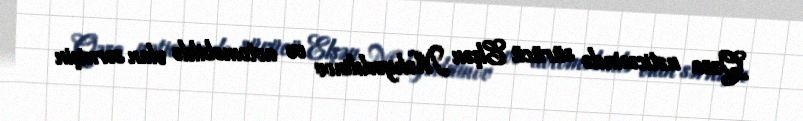
Qəza nəticəsində sürücü Elşən Məhyəddinov və avtomobildə olan sərnişin